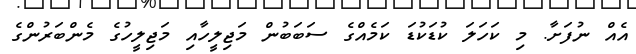
އެއް ނުފަށާ. މި ކަހަލަ ކުޑަކުޑަ ކަމެއްގެ ސަބަބުުން މަޖިލީހާއި މަޖިލީހުގެ މެންބަރުންގެ